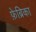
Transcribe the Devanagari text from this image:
फ़ेब्रिका